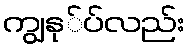
ကျွနု်ပ်လည်း